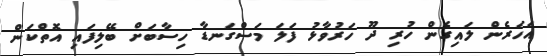
އަހަރެން ލައިގެން ހުރި ދޫ ހަރުވާޅު ފަލަ މަސްގަނޑާ ހިސާބަށް ބޭލިފައި އޮތްކަން